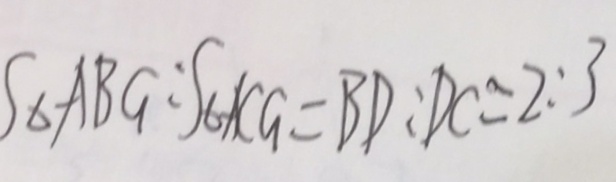
S _ { \Delta } A B G : S _ { \Delta } A C G = B D : D C = 2 : 3